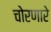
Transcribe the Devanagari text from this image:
चोरणारे